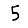
Digit: 5